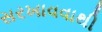
સરખાવવાથી